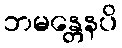
ဘမန္တေနပိ